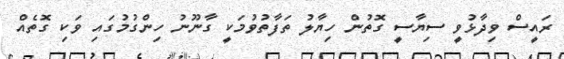
ރައީސް ވިދާޅުވީ ސިޔާސީ ގޮތުން ހިޔާލު ތަފާތުވުމަކީ ގާނޫނު ހިންގުމުގައި ވަކި ގޮތެއް